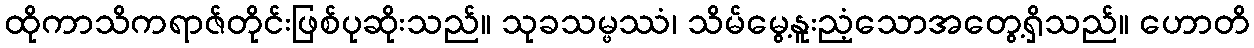
ထိုကာသိကရာဇ်တိုင်းဖြစ်ပုဆိုးသည်။ သုခသမ္ဖဿံ၊ သိမ်မွေ့နူးညံ့သောအတွေ့ရှိသည်။ ဟောတိ